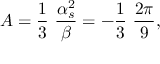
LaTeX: A = { \frac { 1 } { 3 } } ~ { \frac { \alpha _ { s } ^ { 2 } } { \beta } } = - { \frac { 1 } { 3 } } ~ { \frac { 2 \pi } { 9 } } ,